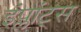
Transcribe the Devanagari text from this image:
इंप्लांट्स